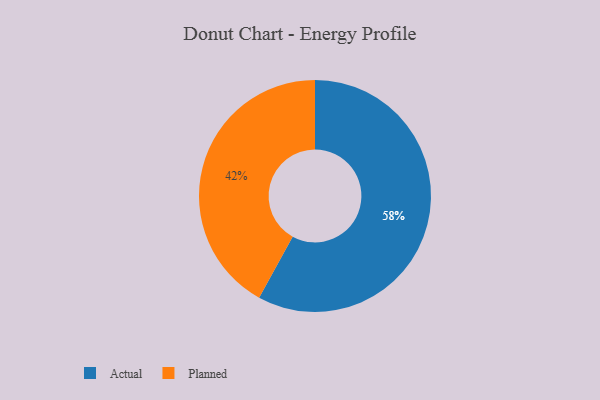
{"axis": {"x": "Category", "y": "Percentage"}, "legend": ["Actual", "Planned"], "data": [{"x": "Actual", "y": 58, "type": "Actual"}, {"x": "Planned", "y": 42, "type": "Planned"}]}